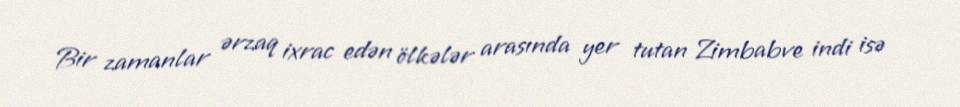
Bir zamanlar ərzaq ixrac edən ölkələr arasında yer tutan Zimbabve indi isə